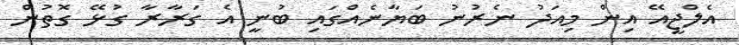
އެލްޖީއޭ އިން މިއަދު ނެރުނު ބަޔާނެއްގައި ބުނީ އެ ގަރާރާ ގުޅޭ ގޮތުން